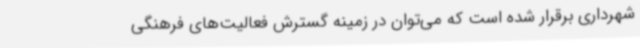
شهرداری برقرار شده است که می‌توان در زمینه گسترش فعالیت‌های فرهنگی